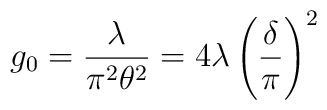
g_0= {\frac{\lambda}{\pi^2 \theta^2}}=4 \lambda\left(\frac{\delta}{\pi}\right)^2